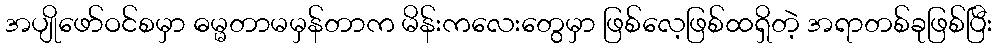
အပျိုဖော်ဝင်စမှာ ဓမ္မတာမမှန်တာက မိန်းကလေးတွေမှာ ဖြစ်လေ့ဖြစ်ထရှိတဲ့ အရာတစ်ခုဖြစ်ပြီး